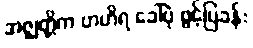
အဇ္ဈတ္တိက ဗာဟိရ ခေါ်ပုံ ဖွင့်ပြခန်း